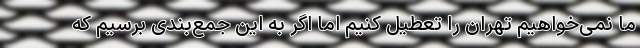
ما نمی‌خواهیم تهران را تعطیل کنیم اما اگر به این جمع‌بندی برسیم که